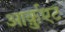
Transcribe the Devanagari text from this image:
आर्क़ुएट